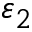
\varepsilon _ { 2 }